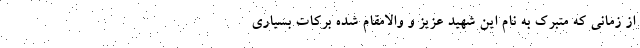
از زمانی که متبرک به نام این شهید عزیز و والامقام شده برکات بسیاری